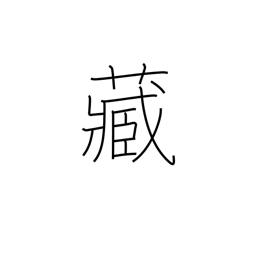
Meaning: own